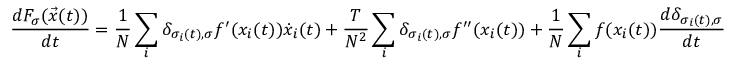
\frac { d F _ { \sigma } ( \vec { x } ( t ) ) } { d t } = \frac { 1 } { N } \sum _ { i } \delta _ { \sigma _ { i } ( t ) , \sigma } f ^ { \prime } ( x _ { i } ( t ) ) \dot { x } _ { i } ( t ) + \frac { T } { N ^ { 2 } } \sum _ { i } \delta _ { \sigma _ { i } ( t ) , \sigma } f ^ { \prime \prime } ( x _ { i } ( t ) ) + \frac { 1 } { N } \sum _ { i } f ( x _ { i } ( t ) ) \frac { d \delta _ { \sigma _ { i } ( t ) , \sigma } } { d t }